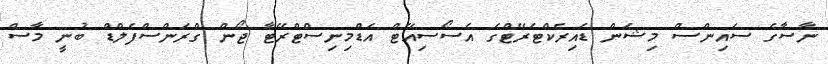
ނާސާގެ ސައިންސް މިޝަން ޑައިރެކްޓަރޭޓްގެ އެސޯސިއޭޓް އެޑްމިނިސްޓްރޭޓާ ޖޯން ގްރަންސްފެލްޑް ބުނީ މާސް